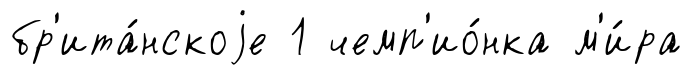
бр'ита́нскоjе 1 чемп'ио́нка м'и́ра